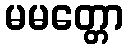
မမတ္တော